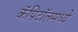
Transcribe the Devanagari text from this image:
कॅपिटॉलमध्ये